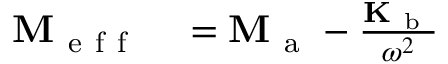
\begin{array} { r l } { \mathbf { M } _ { \mathrm { ~ e ~ f ~ f ~ } } } & { { } = \mathbf { M } _ { \mathrm { ~ a ~ } } - \frac { \mathbf { K } _ { \mathrm { ~ b ~ } } } { \omega ^ { 2 } } } \end{array}